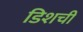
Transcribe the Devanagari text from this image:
डिशची